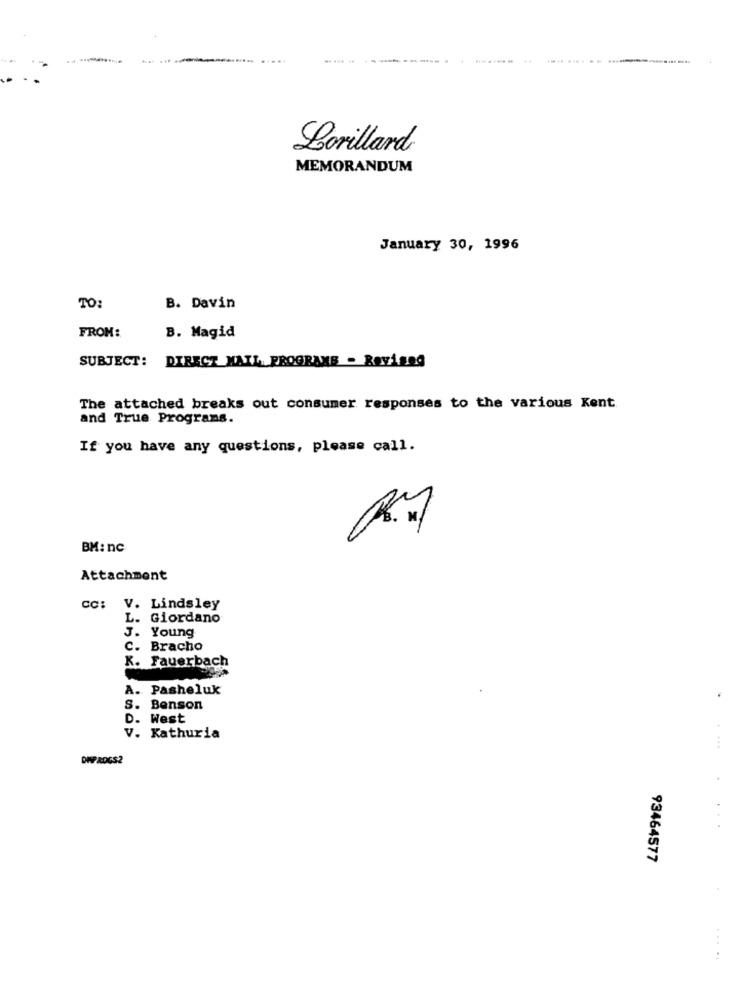
-----------.
Lorillard
MEMORANDUM
January 30, 1996
TO:
B. Davin
FROM:
B. Magid
SUBJECT: DIRECT MAIL PROGRAMS - Reviseg
The attached breaks out consumer responses to the various Kent
and True Programs.
If you have any questions, please call.
BM: nc
Attachment
cc: V. Lindsley
L. Giordano
J. Young
C. Bracho
K. Fauerbach
A. Pasheluk
S. Benson
D. West
V. Kathuria
.. ...
DWPADGS2
93464577